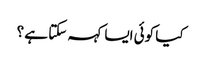
کیا کوئی ایسا کہہ سکتا ہے ؟